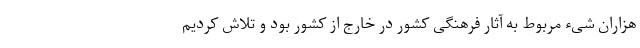
هزاران شیء مربوط به آثار فرهنگی کشور در خارج از کشور بود و تلاش کردیم